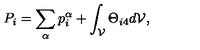
P _ { i } = \sum _ { \alpha } p _ { i } ^ { \alpha } + \int _ { \cal V } \Theta _ { i 4 } d { \cal V } ,